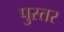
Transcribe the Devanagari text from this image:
पुस्तर